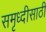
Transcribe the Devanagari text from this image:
समृध्दीसाठी